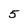
Character: 5